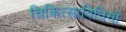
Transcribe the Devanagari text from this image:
चिकित्साविधियों